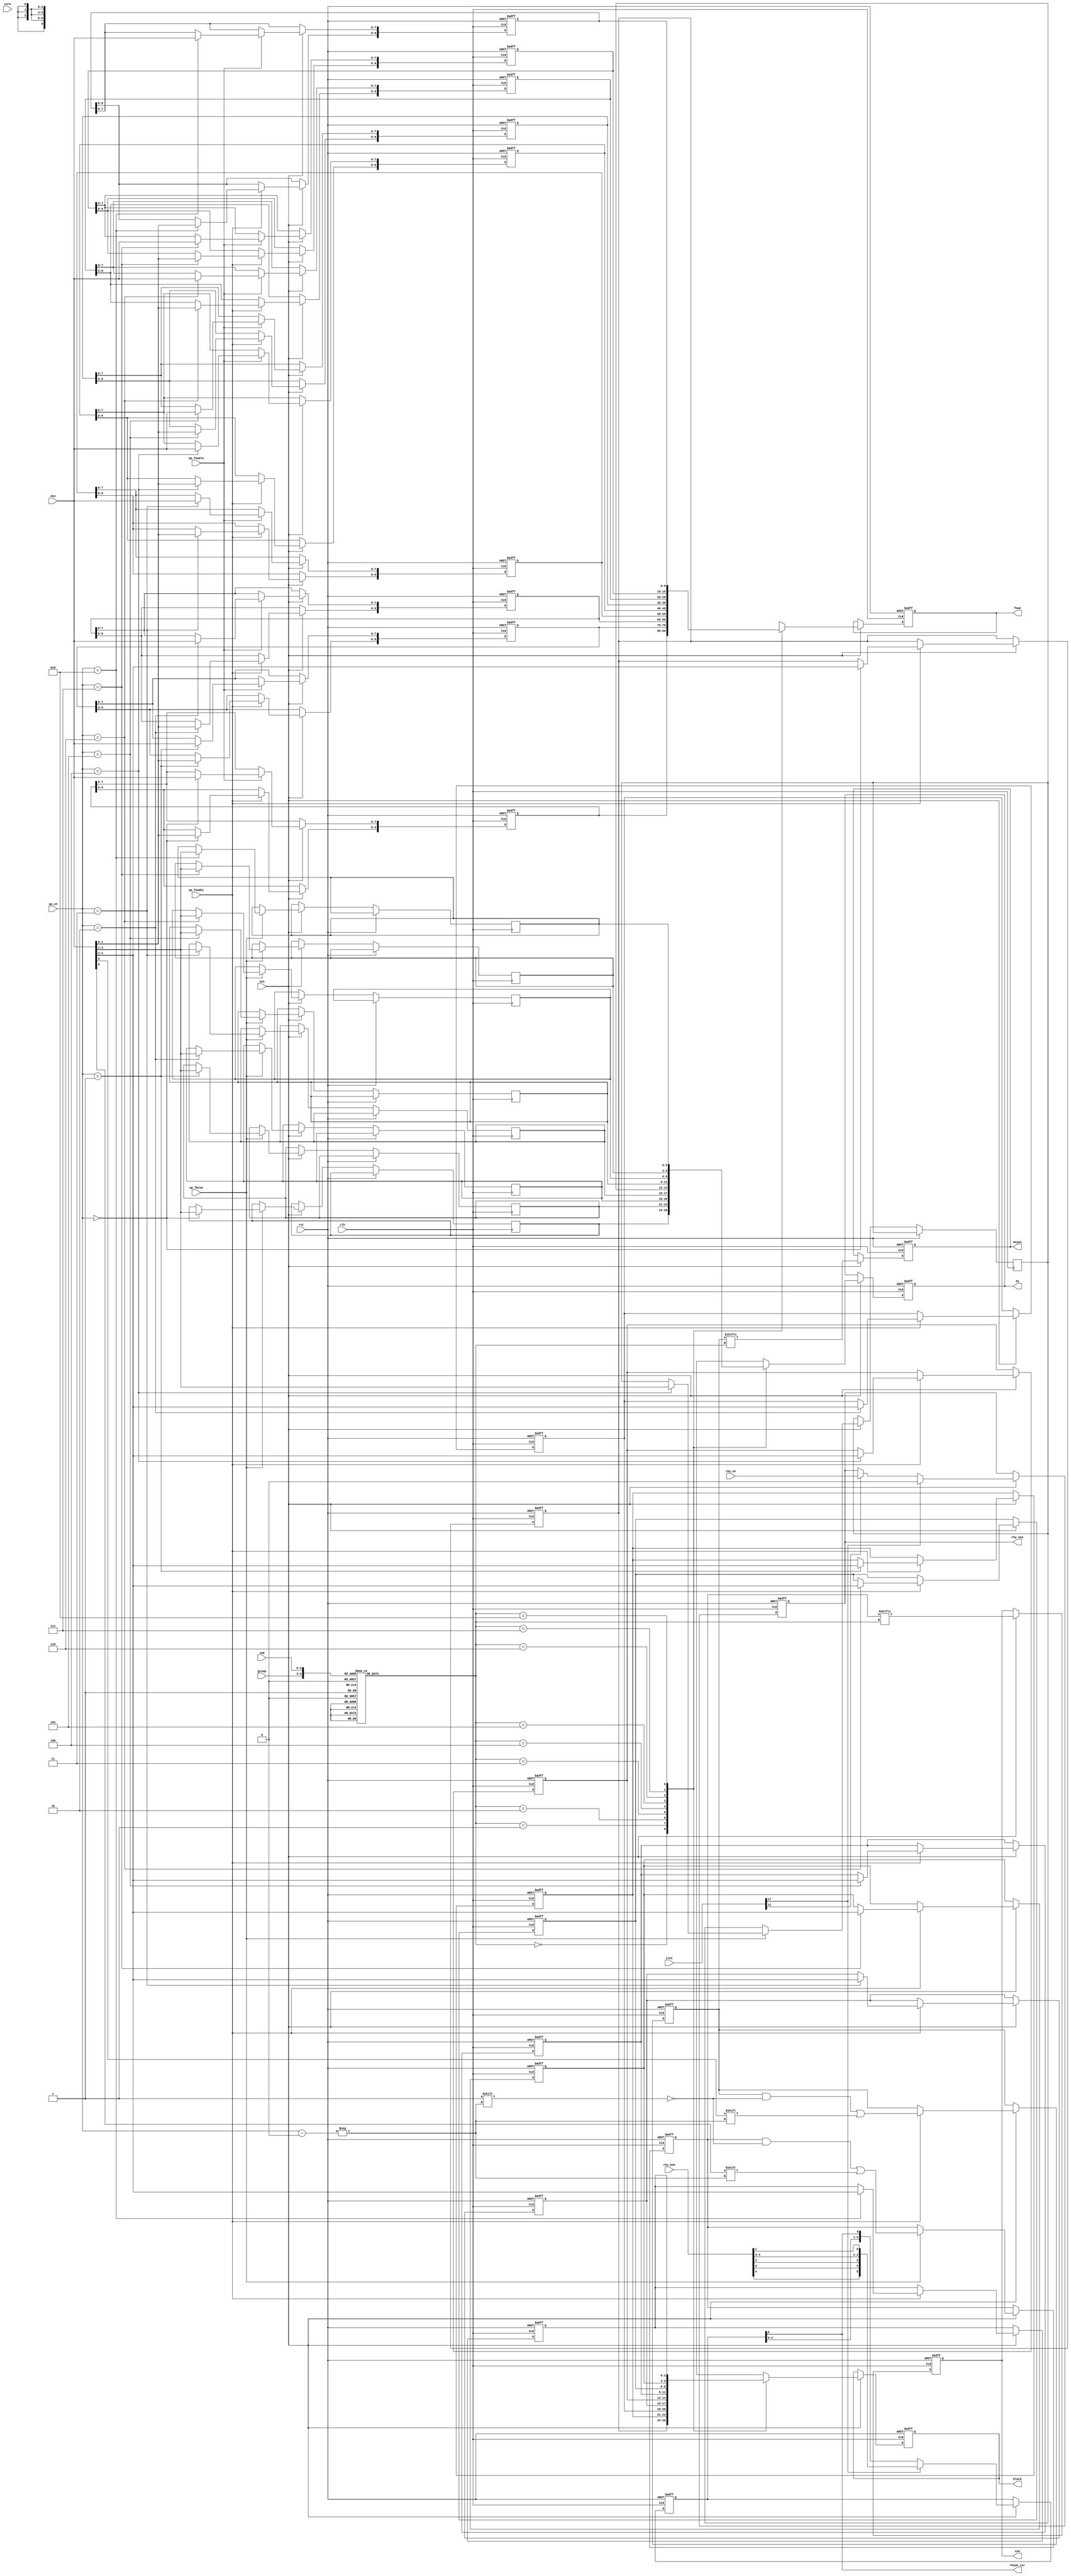
// This program was cloned from: https://github.com/jotego/jtopl
// License: GNU General Public License v3.0

/* This file is part of JTOPL

    JTOPL program is free software: you can redistribute it and/or modify
    it under the terms of the GNU General Public License as published by
    the Free Software Foundation, either version 3 of the License, or
    (at your option) any later version.

    JTOPL program is distributed in the hope that it will be useful,
    but WITHOUT ANY WARRANTY; without even the implied warranty of
    MERCHANTABILITY or FITNESS FOR A PARTICULAR PURPOSE.  See the
    GNU General Public License for more details.

    You should have received a copy of the GNU General Public License
    along with JTOPL.  If not, see <http://www.gnu.org/licenses/>.

    Author: Jose Tejada Gomez. Twitter: @topapate
    Version: 1.0
    Date: 28-5-2022

*/

module jtopl_reg_ch(
    input             rst,
    input             clk,
    input             cen,
    input             zero,
    input             rhy_en,
    input       [4:0] rhy_kon,
    input      [17:0] slot,

    input       [3:0] up_ch,
    input             up_fnumhi,
    input             up_fnumlo,
    input             up_fbcon,
    input       [7:0] din,

    input       [1:0] group,
    input       [2:0] sub,
    output reg        keyon,
    output reg  [2:0] block,
    output reg  [9:0] fnum,
    output reg  [2:0] fb,
    output reg        con,
    output reg        rhy_oen,    // high for rhythm operators if rhy_en is set
    output            rhyon_csr
);

// Rhythm key-on CSR
localparam BD=4, SD=3, TOM=2, TC=1, HH=0;

reg  [5:0] rhy_csr;

reg  [8:0] reg_keyon, reg_con;
reg  [2:0] reg_block[8:0];
reg  [2:0] reg_fb   [8:0];
reg  [9:0] reg_fnum [8:0];
reg  [3:0] cur, i;

assign rhyon_csr = rhy_csr[5];

always @* casez( {group,sub} )
    5'o00 : cur = 1;
    5'o01 : cur = 2;
    5'o02 : cur = 0;
    5'o03 : cur = 1;
    5'o04 : cur = 2;
    5'o05 : cur = 3;
    5'o10 : cur = 4;
    5'o11 : cur = 5;
    5'o12 : cur = 3;
    5'o13 : cur = 4;
    5'o14 : cur = 5;
    5'o15 : cur = 6;
    5'o20 : cur = 7;
    5'o21 : cur = 8;
    5'o22 : cur = 6;
    5'o23 : cur = 7;
    5'o24 : cur = 8;
    5'o25 : cur = 0;
    default: cur = 4'hx;
endcase

always @(posedge clk, posedge rst) begin
    if( rst ) begin
        keyon <= 0;
        block <= 0;
        fnum  <= 0;
        fb    <= 0;
        con   <= 0;
    end else if(cen) begin
        keyon <= reg_keyon[cur];
        block <= reg_block[cur];
        fnum  <= reg_fnum [cur];
        fb    <= reg_fb   [cur];
        con   <= reg_con  [cur];
    end
end

always @(posedge clk, posedge rst) begin
    if( rst ) begin
        reg_keyon <= 0;
        reg_con   <= 0;
        for( i=0; i<9; i=i+1 ) begin
            reg_block[i] <= 0;
            reg_fnum [i] <= 0;
        end
    end else if(cen) begin
        i = 0;
        if( up_fnumlo ) reg_fnum[up_ch][7:0] <= din;
        if( up_fnumhi ) { reg_keyon[up_ch], reg_block[up_ch], reg_fnum[up_ch][9:8] } <= din[5:0];
        if( up_fbcon  ) { reg_fb[up_ch], reg_con[up_ch] } <= din[3:0];
    end
end

always @(posedge clk, posedge rst) begin
    if( rst ) begin
        rhy_csr <= 6'd0;
        rhy_oen <= 0;
    end else if(cen) begin
        if(slot[11]) rhy_oen <= rhy_en;
        if(slot[17]) begin
            rhy_csr <= { rhy_kon[BD], rhy_kon[HH], rhy_kon[TOM],
                         rhy_kon[BD], rhy_kon[SD], rhy_kon[TC] };
            rhy_oen <= 0;
        end else
            rhy_csr <= { rhy_csr[4:0], rhy_csr[5] };
    end
end


endmodule